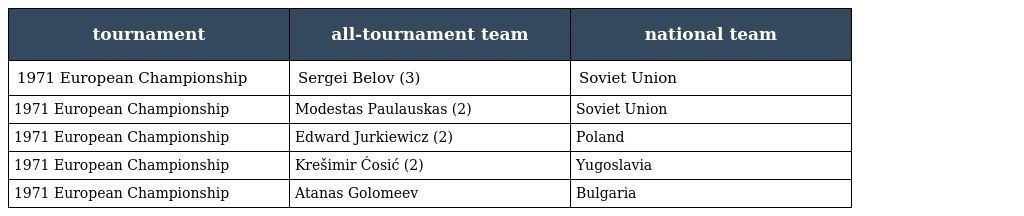
| tournament | all-tournament team | national team |
 | --- | --- | --- |
 | 1971 European Championship | Sergei Belov (3) | Soviet Union |
 | 1971 European Championship | Modestas Paulauskas (2) | Soviet Union |
 | 1971 European Championship | Edward Jurkiewicz (2) | Poland |
 | 1971 European Championship | Krešimir Ćosić (2) | Yugoslavia |
 | 1971 European Championship | Atanas Golomeev | Bulgaria |